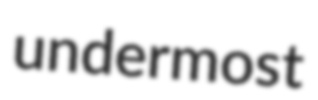
undermost